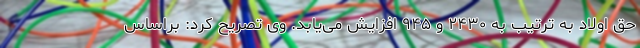
حق اولاد به ترتیب به ۲۴۳۰ و ۹۴۵ افزایش می‌یابد. وی تصریح کرد: براساس